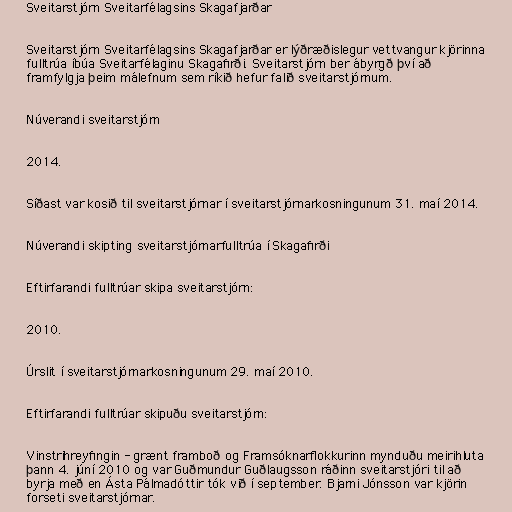
Sveitarstjórn Sveitarfélagsins Skagafjarðar

Sveitarstjórn Sveitarfélagsins Skagafjarðar er lýðræðislegur vettvangur kjörinna
fulltrúa íbúa Sveitarfélaginu Skagafirði. Sveitarstjórn ber ábyrgð því að
framfylgja þeim málefnum sem ríkið hefur falið sveitarstjórnum.

Núverandi sveitarstjórn

2014.

Síðast var kosið til sveitarstjórnar í sveitarstjórnarkosningunum 31. maí 2014.

Núverandi skipting sveitarstjórnarfulltrúa í Skagafirði

Eftirfarandi fulltrúar skipa sveitarstjórn:

2010.

Úrslit í sveitarstjórnarkosningunum 29. maí 2010.

Eftirfarandi fulltrúar skipuðu sveitarstjórn:

Vinstrihreyfingin - grænt framboð og Framsóknarflokkurinn mynduðu meirihluta
þann 4. júní 2010 og var Guðmundur Guðlaugsson ráðinn sveitarstjóri til að
byrja með en Ásta Pálmadóttir tók við í september. Bjarni Jónsson var kjörin
forseti sveitarstjórnar.